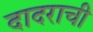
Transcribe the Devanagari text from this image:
दादराची